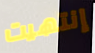
إنتهيت